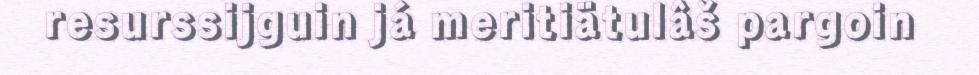
resurssijguin já meritiätulâš pargoin